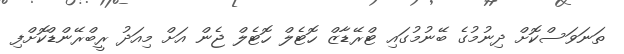
ތަނަވަސްކޮށް ދިނުމުގެ ބޭނުމުގައި ޓްރޭޑާޒް ހޮޓެލް ހޮޓެލް ޖެން އަށް މިއަދު ރީބްރޭންޑްކޮށްފި